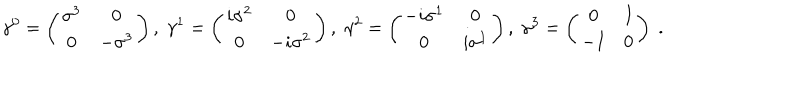
\gamma ^ { 0 } = \left( \begin{array} { c c } { { \sigma ^ { 3 } } } & { { 0 } } \\ { { 0 } } & { { - \sigma ^ { 3 } } } \\ \end{array} \right) , \; \gamma ^ { 1 } = \left( \begin{array} { c c } { { i \sigma ^ { 2 } } } & { { 0 } } \\ { { 0 } } & { { - i \sigma ^ { 2 } } } \\ \end{array} \right) , \; \gamma ^ { 2 } = \left( \begin{array} { c c } { { - i \sigma ^ { 1 } } } & { { 0 } } \\ { { 0 } } & { { i \sigma ^ { 1 } } } \\ \end{array} \right) , \; \gamma ^ { 3 } = \left( \begin{array} { c c } { { 0 } } & { { I } } \\ { { - I } } & { { 0 } } \\ \end{array} \right) \; .